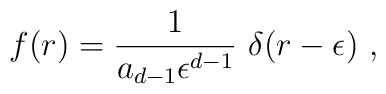
f(r)={1\over a_{d-1}\epsilon^{d-1}}~\delta(r-\epsilon)~,